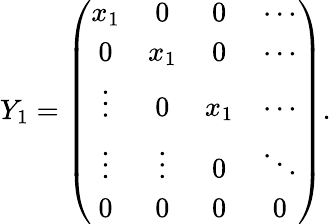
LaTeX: Y_{1}=\left(\begin{array}{cccc}{{x_{1}}}&{{0}}&{{0}}&{{\cdots}}\\ {{0}}&{{x_{1}}}&{{0}}&{{\cdots}}\\ {{\vdots}}&{{0}}&{{x_{1}}}&{{\cdots}}\\ {{\vdots}}&{{\vdots}}&{{0}}&{{\ddots}}\\ {{0}}&{{0}}&{{0}}&{{0}}\end{array}\right).